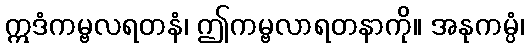
ဣဒံကမ္ဗလရတနံ၊ ဤကမ္ဗလာရတနာကို။ အနုကမ္ပံ၊